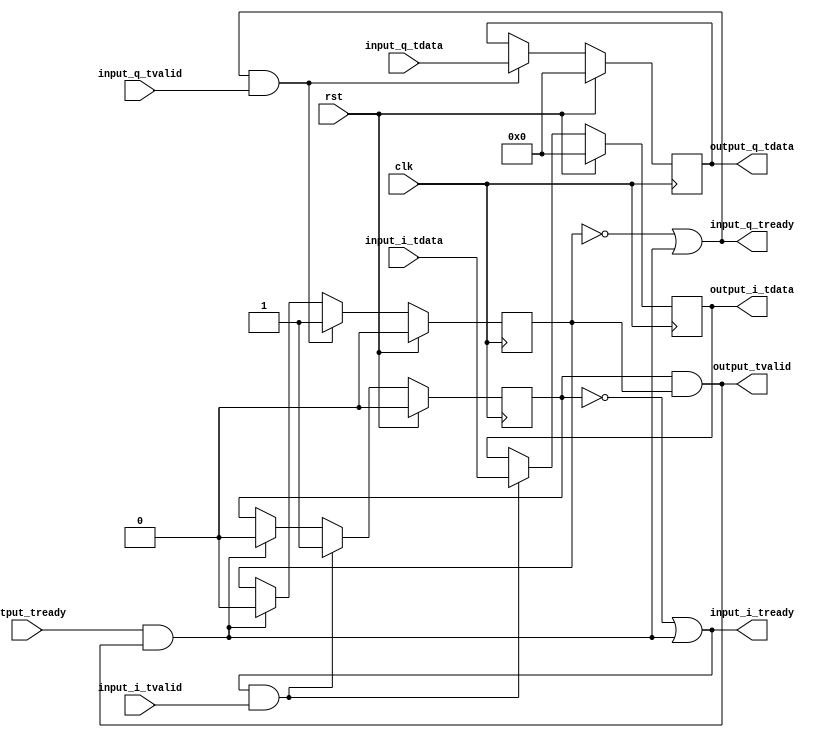
module iq_join #
(
    parameter WIDTH = 16
)
(
    input  wire              clk,
    input  wire              rst,

    /*
     * AXI stream inputs
     */
    input  wire [WIDTH-1:0]  input_i_tdata,
    input  wire              input_i_tvalid,
    output wire              input_i_tready,

    input  wire [WIDTH-1:0]  input_q_tdata,
    input  wire              input_q_tvalid,
    output wire              input_q_tready,

    /*
     * AXI stream output
     */
    output wire [WIDTH-1:0]  output_i_tdata,
    output wire [WIDTH-1:0]  output_q_tdata,
    output wire              output_tvalid,
    input  wire              output_tready
);

reg [WIDTH-1:0] i_data_reg = 0;
reg [WIDTH-1:0] q_data_reg = 0;

reg i_valid_reg = 0;
reg q_valid_reg = 0;

assign input_i_tready = ~i_valid_reg | (output_tready & output_tvalid);
assign input_q_tready = ~q_valid_reg | (output_tready & output_tvalid);

assign output_i_tdata = i_data_reg;
assign output_q_tdata = q_data_reg;
assign output_tvalid = i_valid_reg & q_valid_reg;

always @(posedge clk) begin
    if (rst) begin
        i_data_reg <= 0;
        q_data_reg <= 0;
        i_valid_reg <= 0;
        q_valid_reg <= 0;
    end else begin
        if (input_i_tready & input_i_tvalid) begin
            i_data_reg <= input_i_tdata;
            i_valid_reg <= 1;
        end else if (output_tready & output_tvalid) begin
            i_valid_reg <= 0;
        end
        if (input_q_tready & input_q_tvalid) begin
            q_data_reg <= input_q_tdata;
            q_valid_reg <= 1;
        end else if (output_tready & output_tvalid) begin
            q_valid_reg <= 0;
        end
    end
end

endmodule